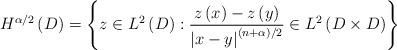
LaTeX: \begin{align*}H^{\alpha/2}\left( D\right) =\left\{ z\in L^{2}\left( D\right):\frac{z\left( x\right) -z\left( y\right) }{\left\vert x-y\right\vert^{\left( n+\alpha\right) /2}}\in L^{2}\left( D\times D\right) \right\}\end{align*}